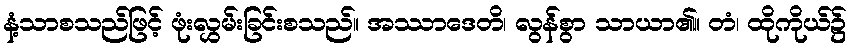
နံ့သာစသည်ဖြင့် ဖုံးလွှမ်းခြင်းစသည်။ အဿာဒေတိ၊ လွန်စွာ သာယာ၏။ တံ၊ ထိုကိုယ်၌